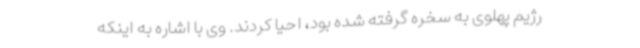
رژیم پهلوی به سخره گرفته شده بود، احیا کردند. وی با اشاره به اینکه